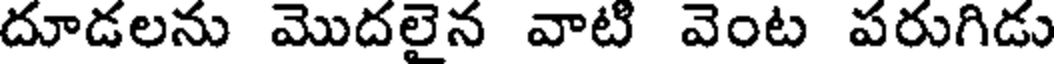
దూడలను మొదలైన వాటి వెంట పరుగిడు